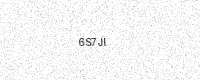
Text: 6S7JI